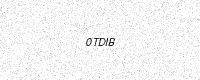
Text: 0TDIB